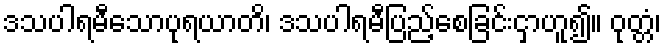
ဒသပါရမီသောပုရယာတိ၊ ဒသပါရမီပြည့်စေခြင်းငှာဟူ၍။ ဝုတ္တံ၊